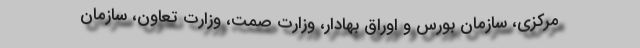
مرکزی، سازمان بورس و اوراق بهادار، وزارت صمت، وزارت تعاون، سازمان